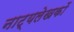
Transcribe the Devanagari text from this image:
नाट्यलेखकों